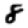
Digit: 8